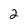
Character: 2